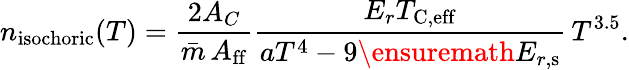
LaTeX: n_{\mathrm{isochoric}}(T)=\frac{2A_{C}}{\bar{m}\, A_{\mathrm{ff}}}\frac{E_{r}T_{\mathrm{C,eff}}}{aT^{4}-9\ensuremath{E_{r,\mathrm{s}}}}\, T^{3.5}.